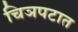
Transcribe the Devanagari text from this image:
चिञपटात